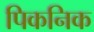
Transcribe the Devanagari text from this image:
पिकनिक